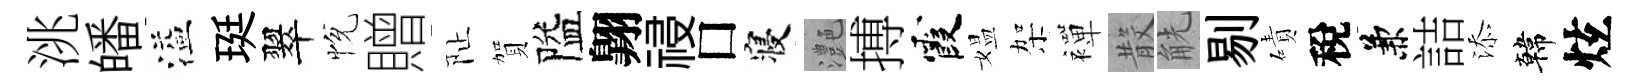
洮皤溢珽翠恱贈阯賀隘翺祲□寝灔搏霞媪架襌𣪚觥剔磧稅兼詰添韓炫